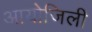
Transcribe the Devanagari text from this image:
आयोजिली